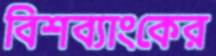
বিশব্যাংকের